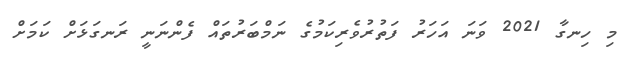
މި ހިނގާ 2021 ވަނަ އަހަރު ފަތުރުވެރިކަމުގެ ނަމްބަރުތައް ފެންނަނީ ރަނގަޅަށް ކަމަށް